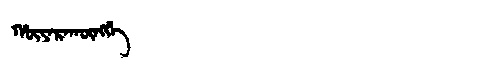
Manchu: ᡥᡡᠶᠠᡵᠠᡴᡡᠩᡤᡝ
Romanization: HŪYARAKŪNGGE